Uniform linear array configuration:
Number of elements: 4
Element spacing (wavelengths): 0.5
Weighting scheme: binomial
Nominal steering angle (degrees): -30
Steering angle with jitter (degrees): -31.997
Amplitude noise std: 0.05
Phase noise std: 0.05

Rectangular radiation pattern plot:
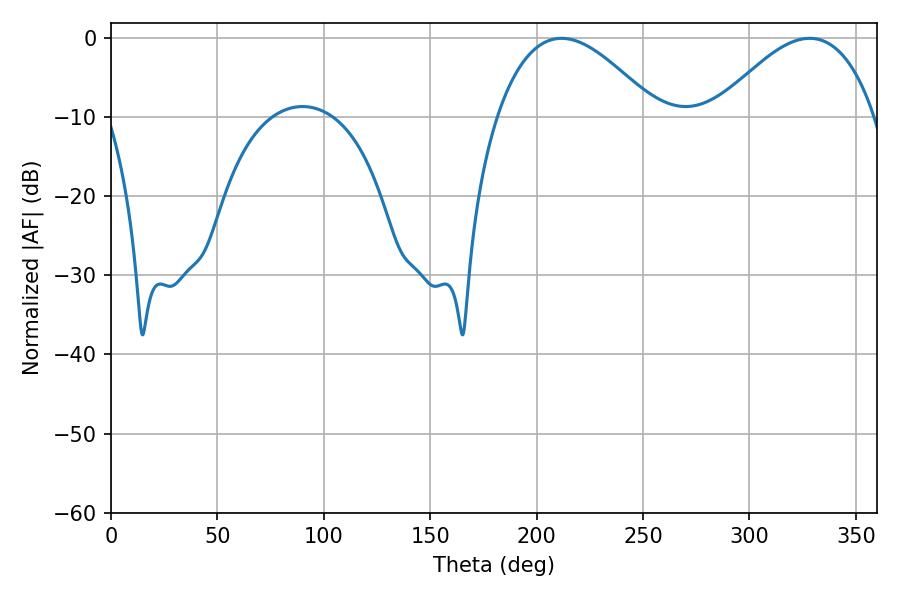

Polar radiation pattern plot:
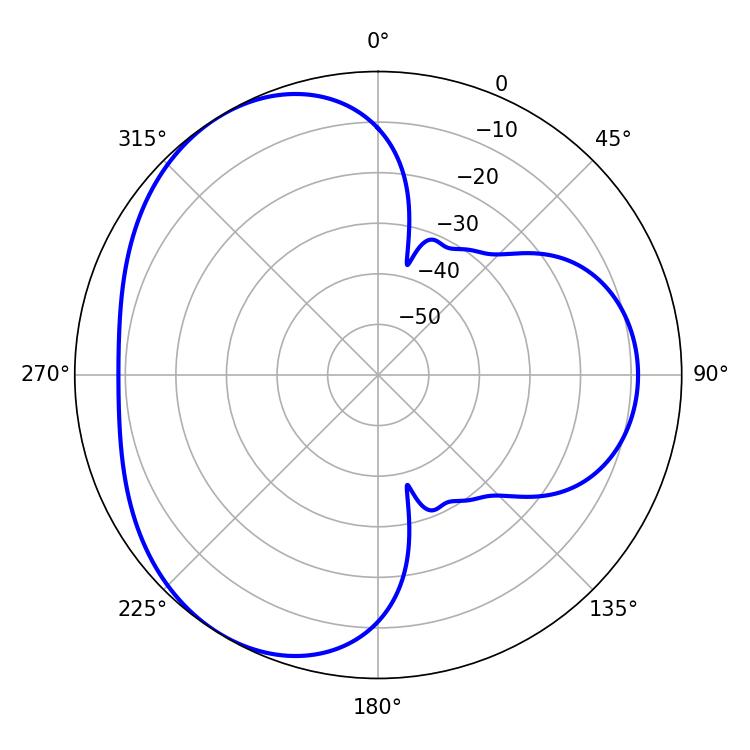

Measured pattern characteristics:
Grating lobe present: FALSE
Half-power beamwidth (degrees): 41.04
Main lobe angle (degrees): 211.68